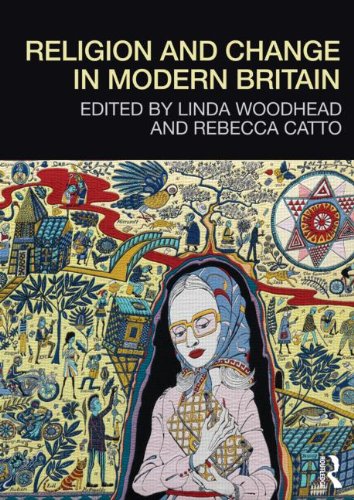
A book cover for Religion and Change in Modern Britain; History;